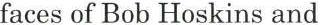
faces of Bob Hoskins and